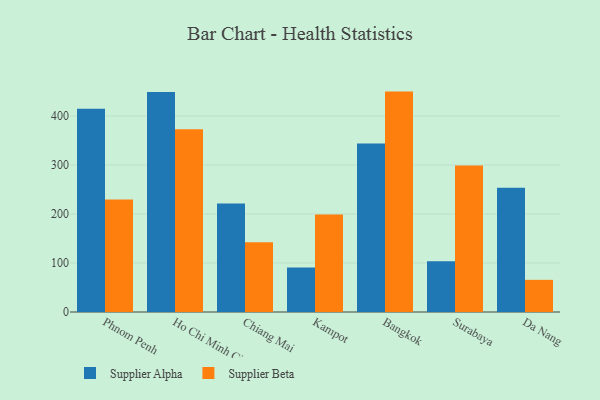
{"axis": {"x": "City", "y": "Population (Million)"}, "legend": ["Supplier Alpha", "Supplier Beta"], "data": [{"x": "Phnom Penh", "y": 414.6, "type": "Supplier Alpha"}, {"x": "Phnom Penh", "y": 229.3, "type": "Supplier Beta"}, {"x": "Ho Chi Minh City", "y": 448.8, "type": "Supplier Alpha"}, {"x": "Ho Chi Minh City", "y": 372.8, "type": "Supplier Beta"}, {"x": "Chiang Mai", "y": 221.2, "type": "Supplier Alpha"}, {"x": "Chiang Mai", "y": 142.4, "type": "Supplier Beta"}, {"x": "Kampot", "y": 91.0, "type": "Supplier Alpha"}, {"x": "Kampot", "y": 199.0, "type": "Supplier Beta"}, {"x": "Bangkok", "y": 343.9, "type": "Supplier Alpha"}, {"x": "Bangkok", "y": 449.7, "type": "Supplier Beta"}, {"x": "Surabaya", "y": 103.6, "type": "Supplier Alpha"}, {"x": "Surabaya", "y": 299.0, "type": "Supplier Beta"}, {"x": "Da Nang", "y": 253.7, "type": "Supplier Alpha"}, {"x": "Da Nang", "y": 65.6, "type": "Supplier Beta"}]}